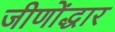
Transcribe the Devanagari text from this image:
जीणोंद्धार